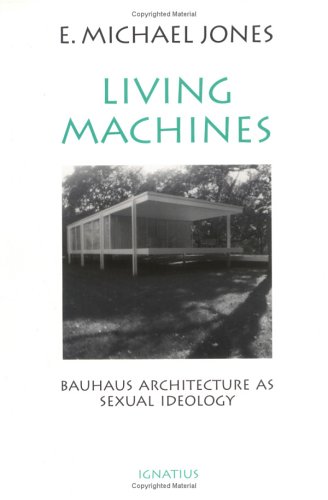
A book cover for Living Machines: Bauhaus Architecture as Sexual Ideology; E. Michael Jones; Religion & Spirituality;